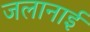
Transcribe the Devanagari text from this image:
जलानाई